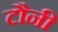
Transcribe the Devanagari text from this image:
टौनी